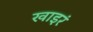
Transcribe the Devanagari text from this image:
खाइरं